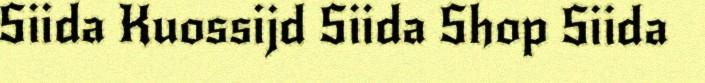
Siida Kuossijd Siida Shop Siida